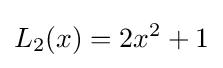
L_{2}(x)=2x^{2}+1